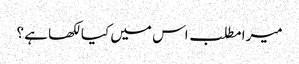
میرا مطلب اس میں کیا لکھا ہے ؟